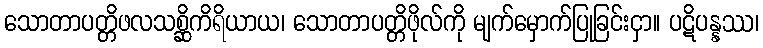
သောတာပတ္တိဖလသစ္ဆိကိရိယာယ၊ သောတာပတ္တိဖိုလ်ကို မျက်မှောက်ပြုခြင်းငှာ။ ပဋိပန္နဿ၊